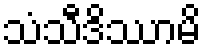
သံသီဒိဿာမိ